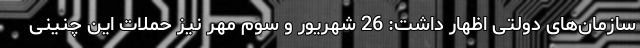
سازمان‌های دولتی اظهار داشت: 26 شهریور و سوم مهر نیز حملات این چنینی